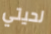
لحيتي